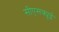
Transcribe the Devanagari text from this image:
सीएसक्यूई